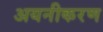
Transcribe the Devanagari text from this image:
अयनीकरण